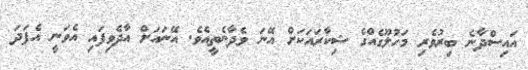
އައިސްދާނެ ބިރުވެރި މަހުލޫގެއްގެ ޝިކާރައަކަށް އޭނަ ވެދާނެތީއެވެ. އޭނައަށް އާދެވިފައި އެވަނީ އެފަދަ